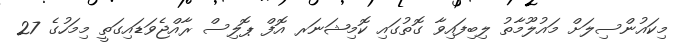
މިކައުންސިލަށް މައުލޫމާތު ލިބިފައިވާ ގޮތުގައި ކޮމިޝަނަރ އޮފް ޕޮލިސް ރާއްޖެވަޑައިގަތީ މިމަހުގެ 27